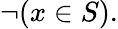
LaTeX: \neg(x\in S).